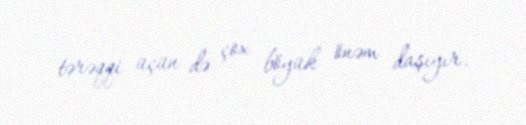
tərəqqi üçün də çox böyük önəm daşıyır.